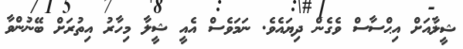
ޝީލާއަށް އިޙްސާސް ވެގެން ދިޔައެވެ. ނަމަވެސް އެއީ ޝީލާ މިހާރު އިތުރަށް ބޭނުންވާ